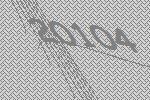
20104